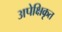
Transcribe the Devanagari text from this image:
अपेक्षिकृत